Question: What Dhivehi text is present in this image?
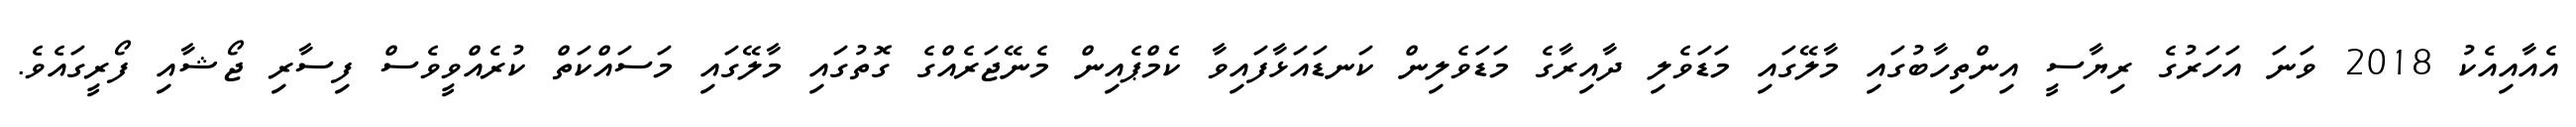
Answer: އެއާއިއެކު 2018 ވަނަ އަހަރުގެ ރިޔާސީ އިންތިހާބުގައި މާލޭގައި މަޑަވެލި ދާއިރާގެ މަޑަވެލިން ކަނޑައަޅާފައިވާ ކެމްޕެއިން މެނޭޖަރެއްގެ ގޮތުގައި މާލޭގައި މަސައްކަތް ކުރެއްވީވެސް ފިސާރި ޖޯޝާއި ފޯރީގައެވެ.